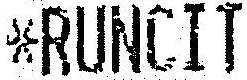
*RUNCIT